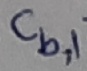
Text: Cb,1